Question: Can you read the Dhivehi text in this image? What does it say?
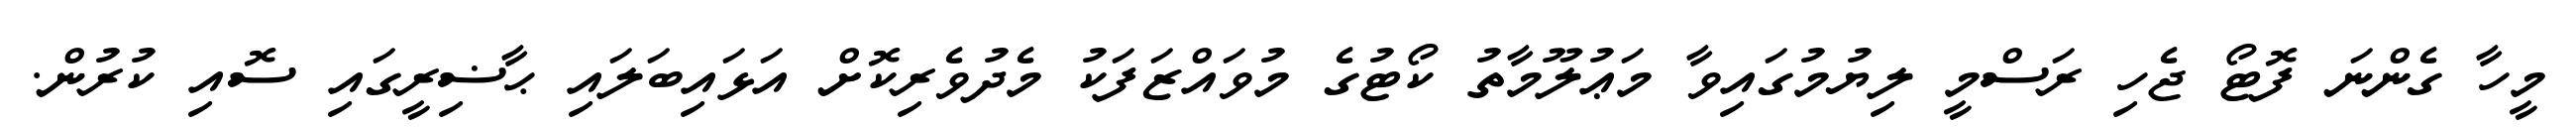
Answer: މީހާ ގެންނަ ފޮޓޯ ޖެހި ރަސްމީ ލިޔުމުގައިވާ މަޢުލޫމާތު ކޯޓުގެ މުވައްޒަފަކު މެދުވެރިކޮށް އަޅައިބަލައި ޙާޟިރީގައި ސޮއި ކުރުން.